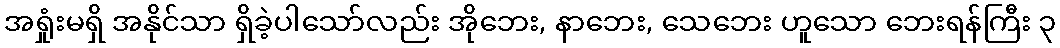
အရှုံးမရှိ အနိုင်သာ ရှိခဲ့ပါသော်လည်း အိုဘေး, နာဘေး, သေဘေး ဟူသော ဘေးရန်ကြီး ၃